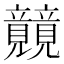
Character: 𰩫